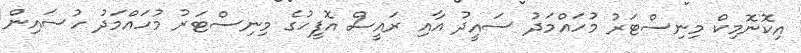
އިކޮނޮމިކް މިނިސްޓަރު މުހައްމަދު ސައީދު އާއި ރައީސް އޮފީހުގެ މިނިސްޓަރު މުހައްމަދު ހުސައިން